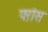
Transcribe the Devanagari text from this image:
फ्ऱांस